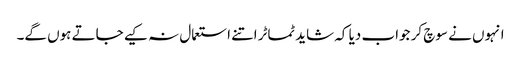
انہوں نے سوچ کر جواب دیا کہ شاید ٹماٹر اتنے استعمال نہ کیے جاتے ہوں گے۔